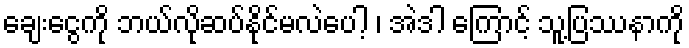
ချေးငွေကို ဘယ်လိုဆပ်နိုင်မလဲပေါ့ ၊ အဲဒါ ကြောင့် သူ့ပြဿနာကို